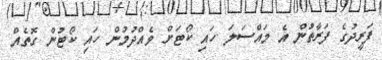
ފަރީދުގެ ފަރާތުން އެ މައްސަލަ ހައި ކޯޓަށް ވެއްދުމުން ހައި ކޯޓުން ގޮތެއް